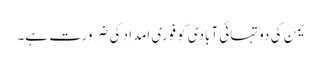
یمن کی دو تہائی آبادی کو فوری امداد کی ضرورت ہے۔